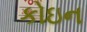
કોઇન